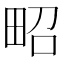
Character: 𤱠